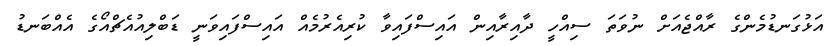
އަޅުގަނޑުމެންގެ ރާއްޖެއަށް ނުވަތަ ސިއްހީ ދާއިރާއިން އައިސްފައިވާ ކުރިއެރުމެއް އައިސްފައިވަނީ ޑަބްލިއުއެޗްއޯގެ އެއްބަނޑު